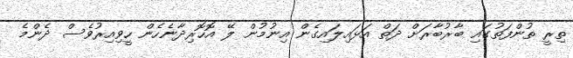
ތިރީ ތުންފަތުގައި ބާރުބާރަށް ދަތް އަޅައިލައިގެން އިނުމުން ލޭ އޮހޮރިދާނެހެން ހީވިއިރުވެސް ދެންމެ